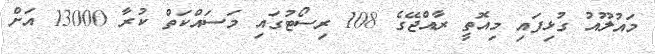
މައުލޫއު ގުޅިފައި މިއޮތީ ރާއްޖޭގެ 108 ރިސޯޓުގައި މަސައްކަތް ކުރާ 13000 އަށް